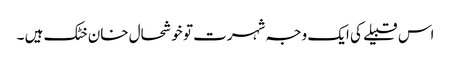
اس قبیلے کی ایک وجہ شہرت تو خوشحال خان خٹک ہیں ۔